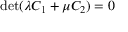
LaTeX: \operatorname* { d e t } ( \lambda C _ { 1 } + \mu C _ { 2 } ) = 0